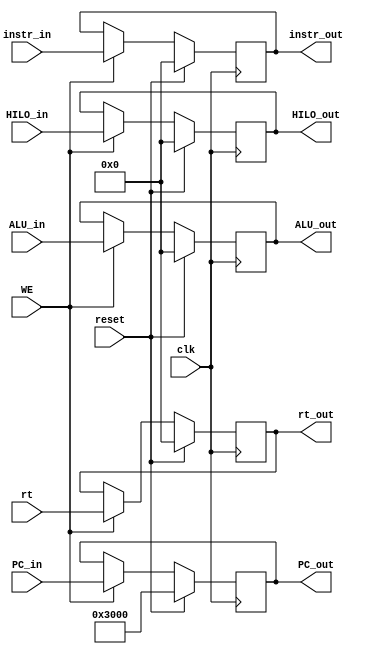
`timescale 1ns / 1ps
//////////////////////////////////////////////////////////////////////////////////
// Company: 
// Engineer: 
// 
// Design Name: 
// Module Name:    MREG 
// Project Name: 
// Target Devices: 
// Tool versions: 
// Description: 
//
// Dependencies: 
//
// Revision: 
// Revision 0.01 - File Created
// Additional Comments: 
//
//////////////////////////////////////////////////////////////////////////////////
module MREG(
    input clk,
	 input reset,
	 input WE,
	 input [31:0] instr_in,
	 input [31:0] PC_in,
	 input [31:0] ALU_in,
	 input [31:0] rt,
	 input [31:0] HILO_in,
	 output reg [31:0] instr_out,
	 output reg [31:0] PC_out,
	 output reg [31:0] ALU_out,
	 output reg [31:0] rt_out,
	 output reg [31:0] HILO_out 
	 );
	 
	 always@(posedge clk)begin
	     if(reset)begin
		      instr_out <= 32'h0000_0000;
				ALU_out <= 32'h0000_0000;
				rt_out <= 32'h0000_0000;
				PC_out <= 32'h0000_3000;
				HILO_out <= 32'h0;
		  end
		  else if(WE)begin
		      instr_out <= instr_in;
				PC_out <= PC_in;
				rt_out <= rt;
				ALU_out <= ALU_in;
				HILO_out <= HILO_in;
		  end
	 end


endmodule